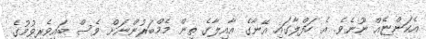
އެކަންޏެއް ނޫނެެވެ. އެ ހަފްލާގައި އޭނާގެ އާއިލާގެ ތިން މެމްބަރުންނަށް ވެސް ބައިވެރިވުމުގެ